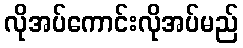
လိုအပ်ကောင်းလိုအပ်မည်